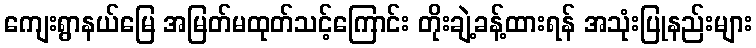
ကျေးရွာနယ်မြေ အမြတ်မထုတ်သင့်ကြောင်း တိုးချဲ့ခန့်ထားရန် အသုံးပြုနည်းများ